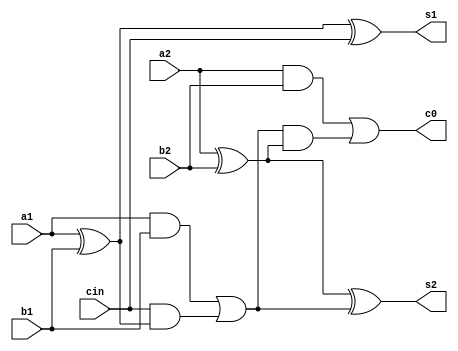
module vinit_2bitpa(cin,a1,b1,a2,b2,s1,s2,c0);
input a1,a2,b1,b2,cin;
output s1,s2,c0;
wire c1;
assign s1=a1^b1^cin;
assign c1=a1&b1|cin&(a1^b1);
assign s2=a2^b2^c1;
assign c0=a2&b2|c1&(a2^b2);

endmodule